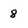
Character: 8